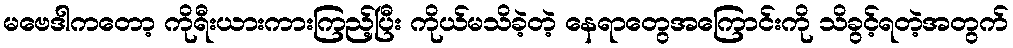
မဗေဒါကတော့ ကိုရီးယားကားကြည့်ပြီး ကိုယ်မသိခဲ့တဲ့ နေရာတွေအကြောင်းကို သိခွင့်ရတဲ့အတွက်